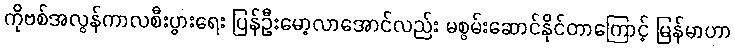
ကိုဗစ်အလွန်ကာလစီးပွားရေး ပြန်ဦးမော့လာအောင်လည်း မစွမ်းဆောင်နိုင်တာကြောင့် မြန်မာဟာ